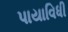
પાયાવિધી